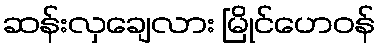
ဆန်းလှချေလား မြိုင်ဟေဝန်